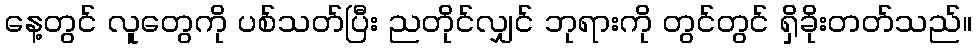
နေ့တွင် လူတွေကို ပစ်သတ်ပြီး ညတိုင်လျှင် ဘုရားကို တွင်တွင် ရှိခိုးတတ်သည်။